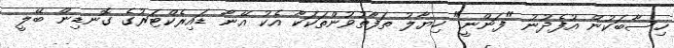
ހިސާބަކުން އުފެދުނު "ފަންނީ" ހިޔާލު ތަފާތުވުންތަކަކާ އެކު އޭނާ ޑައިރެކްޓަރުގެ ގޮނޑިން ބޭލީ